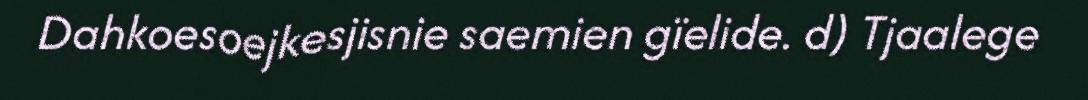
Dahkoesoejkesjisnie saemien gïelide. d) Tjaalege